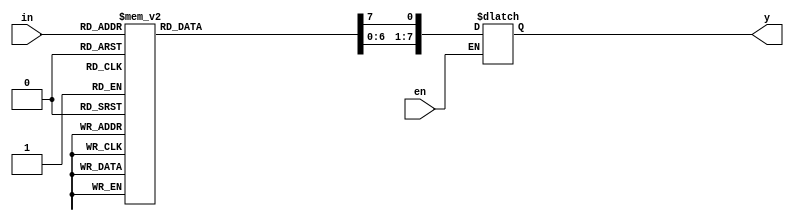
module decod3_8(in,en,y);
  input en;
  input[2:0] in;
  output [7:0] y;
  
  always@(en or in)
    begin
      
      if(en)
        begin
          
          y = 8'b0;
          case(in)
            3'b000 :y[0] = 1'b1;
            3'b001 :y[1] = 1'b1;
            3'b010 :y[2] = 1'b1;
            3'b011 :y[3] = 1'b1;
            3'b100 :y[4] = 1'b1;
            3'b101 :y[5] = 1'b1;
            3'b110 :y[6] = 1'b1;
            3'b111 :y[7] = 1'b1;
            default :y = 8'b0;
          endcase
        end
    end
endmodule